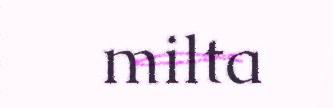
milta